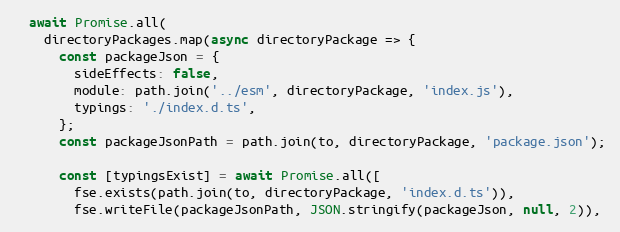
Language: JavaScript
  await Promise.all(
    directoryPackages.map(async directoryPackage => {
      const packageJson = {
        sideEffects: false,
        module: path.join('../esm', directoryPackage, 'index.js'),
        typings: './index.d.ts',
      };
      const packageJsonPath = path.join(to, directoryPackage, 'package.json');

      const [typingsExist] = await Promise.all([
        fse.exists(path.join(to, directoryPackage, 'index.d.ts')),
        fse.writeFile(packageJsonPath, JSON.stringify(packageJson, null, 2)),